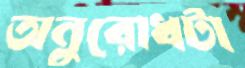
অনুরোধটা